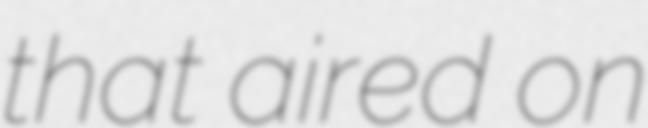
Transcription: that aired on